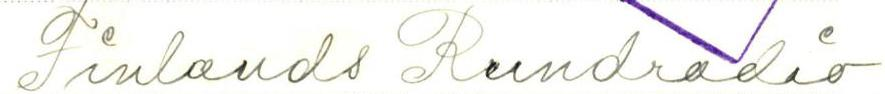
Finlands Rundradio